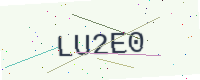
Text: LU2E0